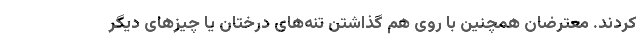
کردند. معترضان همچنین با روی هم گذاشتن تنه‌های درختان یا چیزهای دیگر